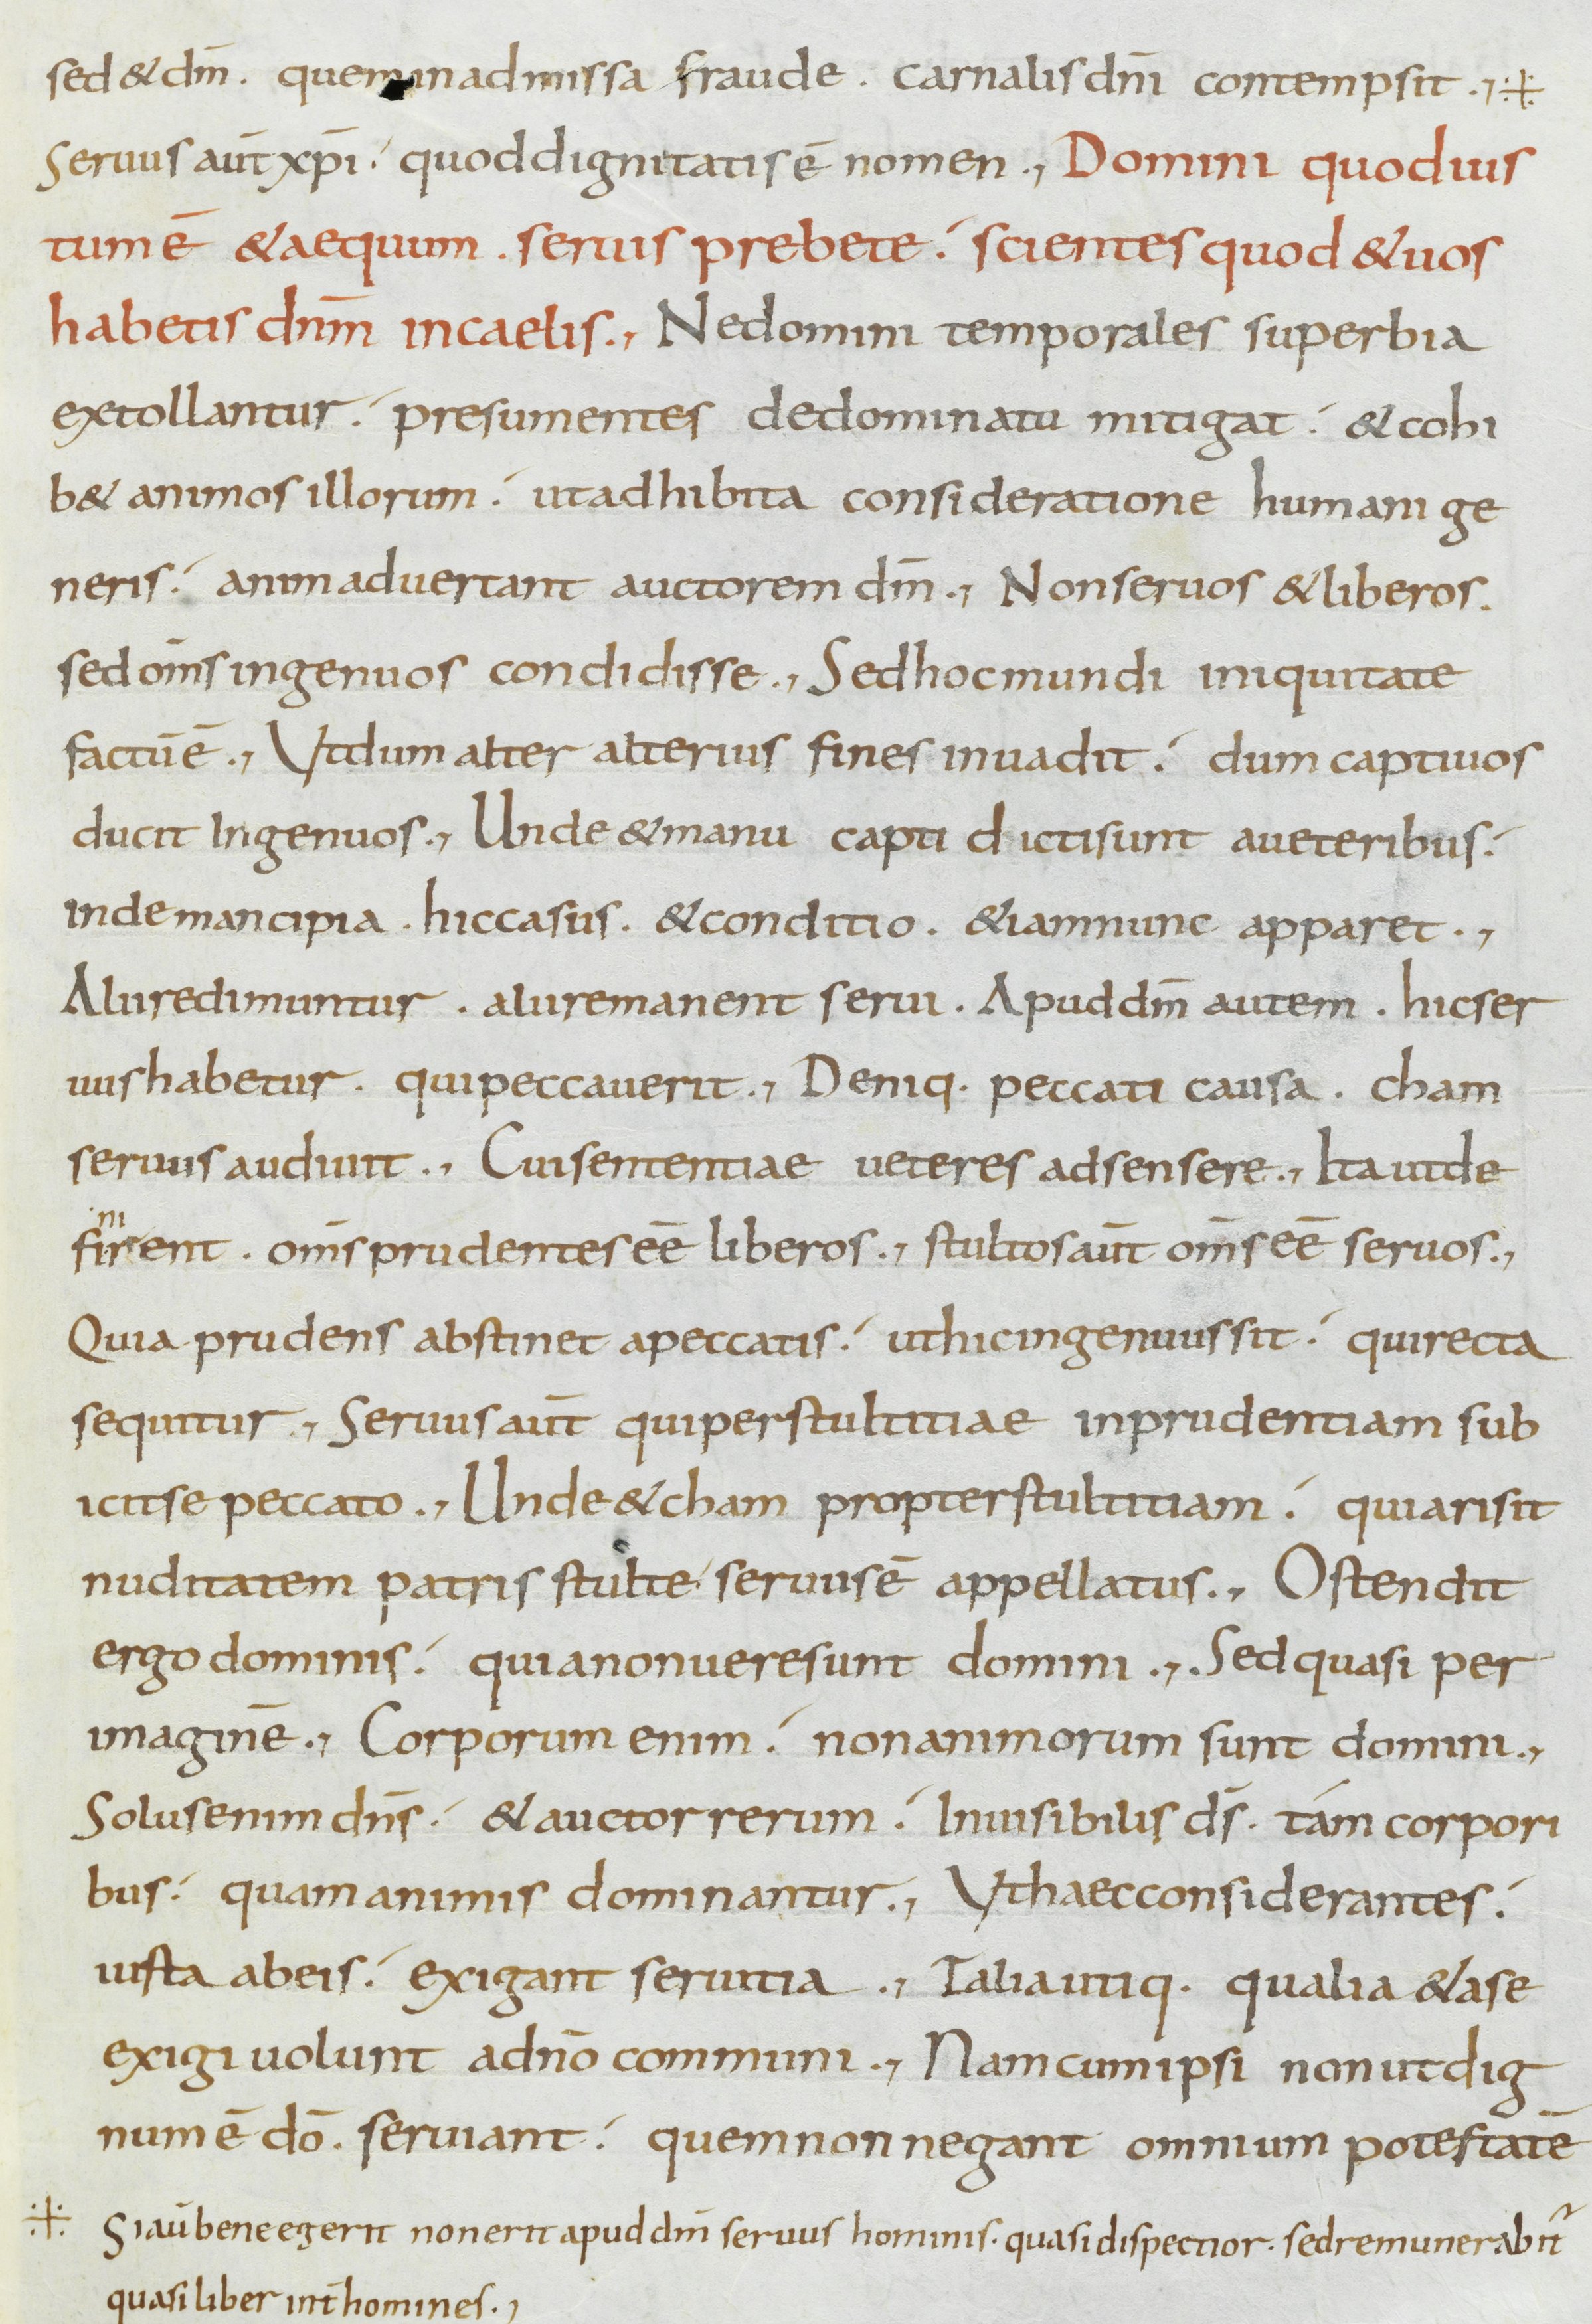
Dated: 800–899